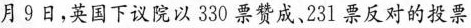
月9日，英国下议院以330票赞成。231票反对的投票